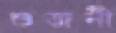
শুজনী